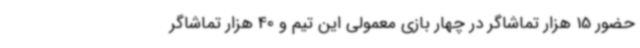
حضور 15 هزار تماشاگر در چهار بازی معمولی این تیم و 40 هزار تماشاگر